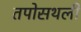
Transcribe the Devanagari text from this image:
तपोसथली